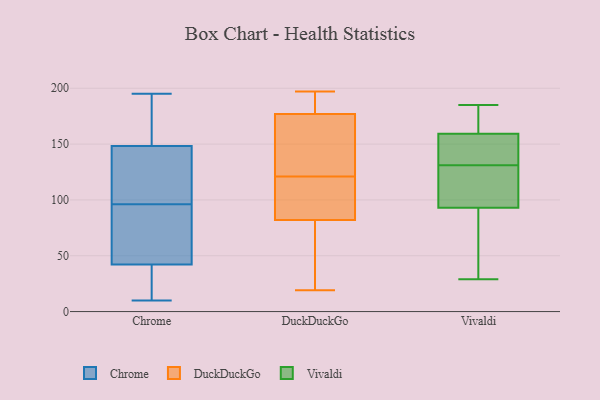
{"axis": {"x": "Gross Profit (USD K)", "y": "Value"}, "legend": ["Chrome", "DuckDuckGo", "Vivaldi"], "data": [{"x": "", "y": 90, "type": "Chrome"}, {"x": "", "y": 125, "type": "Chrome"}, {"x": "", "y": 96, "type": "Chrome"}, {"x": "", "y": 102, "type": "Chrome"}, {"x": "", "y": 10, "type": "Chrome"}, {"x": "", "y": 52, "type": "Chrome"}, {"x": "", "y": 128, "type": "Chrome"}, {"x": "", "y": 43, "type": "Chrome"}, {"x": "", "y": 142, "type": "Chrome"}, {"x": "", "y": 167, "type": "Chrome"}, {"x": "", "y": 54, "type": "Chrome"}, {"x": "", "y": 40, "type": "Chrome"}, {"x": "", "y": 194, "type": "Chrome"}, {"x": "", "y": 184, "type": "Chrome"}, {"x": "", "y": 25, "type": "Chrome"}, {"x": "", "y": 18, "type": "Chrome"}, {"x": "", "y": 195, "type": "Chrome"}, {"x": "", "y": 158, "type": "DuckDuckGo"}, {"x": "", "y": 103, "type": "DuckDuckGo"}, {"x": "", "y": 82, "type": "DuckDuckGo"}, {"x": "", "y": 177, "type": "DuckDuckGo"}, {"x": "", "y": 191, "type": "DuckDuckGo"}, {"x": "", "y": 92, "type": "DuckDuckGo"}, {"x": "", "y": 174, "type": "DuckDuckGo"}, {"x": "", "y": 197, "type": "DuckDuckGo"}, {"x": "", "y": 127, "type": "DuckDuckGo"}, {"x": "", "y": 115, "type": "DuckDuckGo"}, {"x": "", "y": 53, "type": "DuckDuckGo"}, {"x": "", "y": 191, "type": "DuckDuckGo"}, {"x": "", "y": 42, "type": "DuckDuckGo"}, {"x": "", "y": 167, "type": "DuckDuckGo"}, {"x": "", "y": 52, "type": "DuckDuckGo"}, {"x": "", "y": 193, "type": "DuckDuckGo"}, {"x": "", "y": 19, "type": "DuckDuckGo"}, {"x": "", "y": 110, "type": "DuckDuckGo"}, {"x": "", "y": 151, "type": "Vivaldi"}, {"x": "", "y": 80, "type": "Vivaldi"}, {"x": "", "y": 111, "type": "Vivaldi"}, {"x": "", "y": 131, "type": "Vivaldi"}, {"x": "", "y": 87, "type": "Vivaldi"}, {"x": "", "y": 144, "type": "Vivaldi"}, {"x": "", "y": 166, "type": "Vivaldi"}, {"x": "", "y": 122, "type": "Vivaldi"}, {"x": "", "y": 181, "type": "Vivaldi"}, {"x": "", "y": 115, "type": "Vivaldi"}, {"x": "", "y": 34, "type": "Vivaldi"}, {"x": "", "y": 29, "type": "Vivaldi"}, {"x": "", "y": 185, "type": "Vivaldi"}, {"x": "", "y": 162, "type": "Vivaldi"}, {"x": "", "y": 139, "type": "Vivaldi"}]}